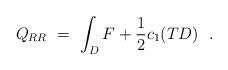
LaTeX: \begin{align*}Q_{RR} \ = \ \int_D F + \frac{1}{2} c_1(TD)\ \ .\end{align*}